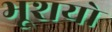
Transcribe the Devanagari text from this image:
भूशयो